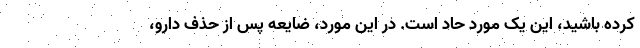
کرده باشید، این یک مورد حاد است. در این مورد، ضایعه پس از حذف دارو،